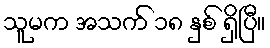
သူမက အသက် ၁၈ နှစ် ရှိပြီ။